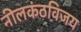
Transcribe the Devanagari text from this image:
नीलकंठविजय